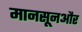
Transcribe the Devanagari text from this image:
मानसूनऔर